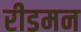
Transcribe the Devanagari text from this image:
रीडमन